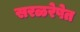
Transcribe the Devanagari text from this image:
सरळरेषेत